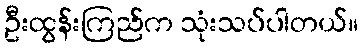
ဦးထွန်းကြည်က သုံးသပ်ပါတယ်။